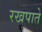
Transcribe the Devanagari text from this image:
रखपाते